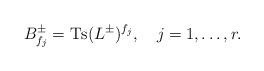
LaTeX: \begin{align*}B_{f_j}^{\pm}=\mbox{Ts}(L^{\pm})^{f_j},\quad j=1,\ldots,r. \end{align*}